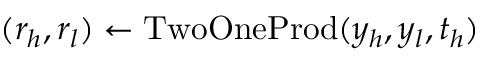
( r _ { h } , r _ { l } ) \gets \mathrm { T w o O n e P r o d } ( y _ { h } , y _ { l } , t _ { h } )